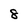
Character: 8